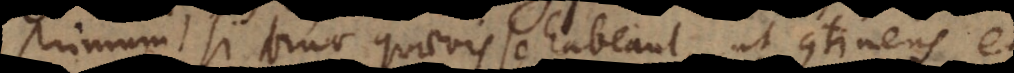
primum si binae quaevis se habeant, ut continens et